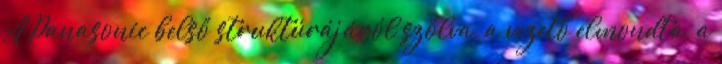
A Panasonic belső struktúrájáról szólva, a vezető elmondta, a